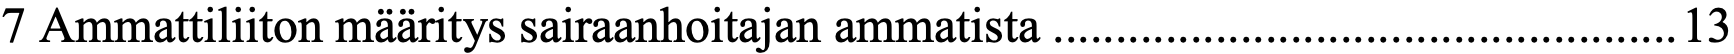
7 Ammattiliiton määritys sairaanhoitajan ammatista .................................................. 13